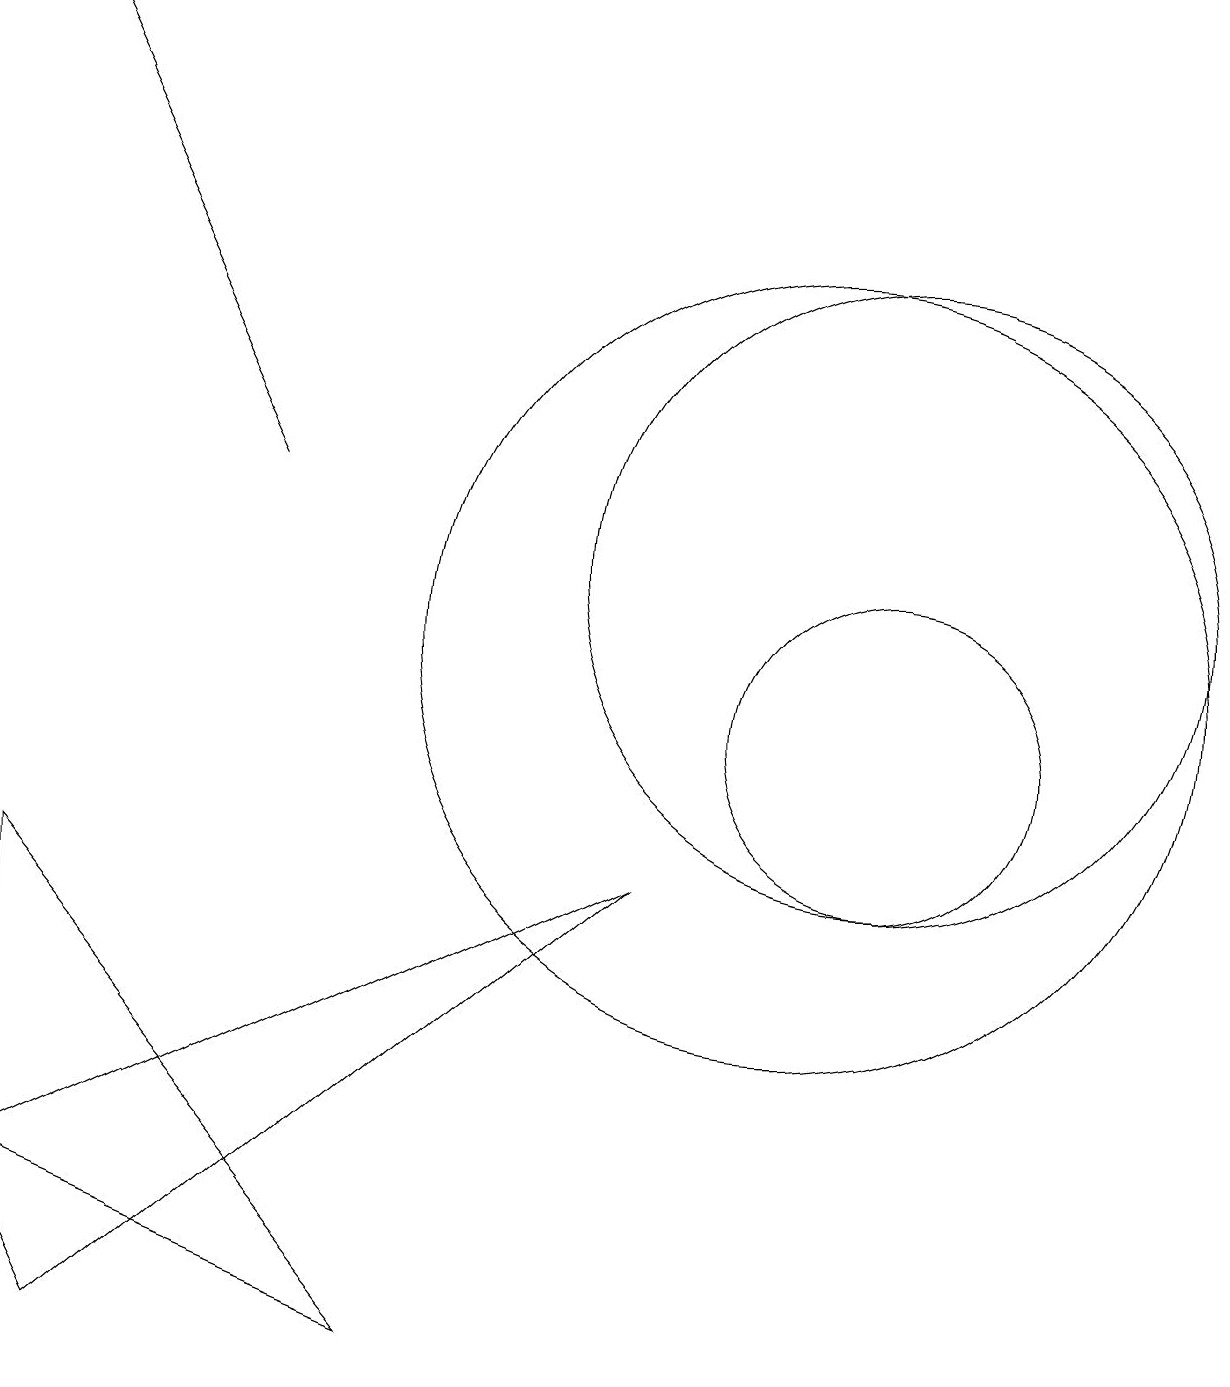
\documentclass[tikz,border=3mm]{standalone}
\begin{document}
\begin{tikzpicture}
\draw (11,10) circle (2);
\draw (11,12) circle (4);
\draw (5,2) -- (0,8) -- (0,4) -- cycle;
\draw[->] (3,13) -- (0,19);
\draw (1,2) -- (0,4) -- (8,8) -- cycle;
\draw (10,11) circle (5);
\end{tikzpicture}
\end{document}